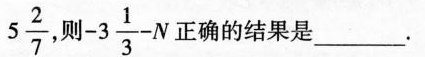
5 \frac{2}{7}，则 -3 \frac{1}{3}-N 正确的结果是___。